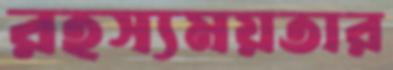
রহস্যময়তার